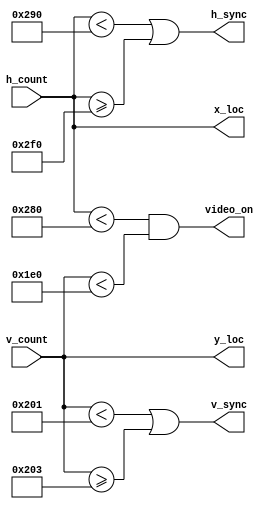
`timescale 1ns / 1ps

module vga_sync(
    input[9:0] h_count, // from h_counter module
    input[9:0] v_count, // from v_counter module
    output h_sync, // when to move to next row
    output v_sync, // when to move back to top of screen
    output video_on, // active area
    output[9:0] x_loc, // current x location of the pixel
    output[9:0] y_loc // current y location of the pixel
    );

// Horizontal
localparam HD = 640; // Horizontal Display Area
localparam HF = 16; // Horizontal (Front Porch) Right Border
localparam HB = 48; // Horizontal (Back Porch) Left Border
localparam HR = 96; // Horizontal Retrace

// Vertical
localparam VD = 480; // Vertical Display Area
localparam VF = 33; // Vertical (Front Porch) Bottom Border 
localparam VB =  10; // Vertical (Back Porch) Top Border
localparam VR =  2; // Vertical Retrace

// Logics
assign video_on = h_count < HD && v_count < VD; // if in the displayable region then 1 else 0
assign x_loc = h_count; // x location same as h_count from prev module
assign y_loc = v_count; // y location same as v_count from prev module
assign h_sync = h_count < HD + HF | h_count >= HD + HF + HR; // stays 1 for left to right then 0 resets back to left
assign v_sync = v_count < VD + VF | v_count >= VD + VF + VR; // stays 1 for up to down then 0 resets back to up

endmodule